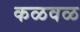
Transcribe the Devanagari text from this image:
कळवळ